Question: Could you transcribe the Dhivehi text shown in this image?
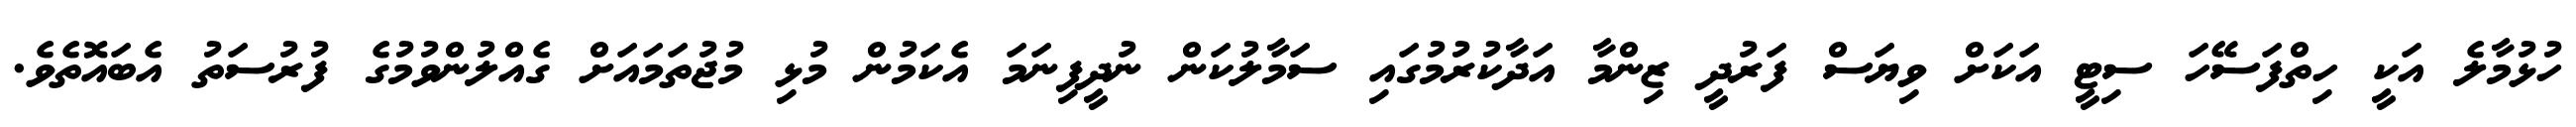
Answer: ހުޅުމާލެ އަކީ ހިތްފަސޭހަ ސިޓީ އަކަށް ވިޔަސް ފަރުދީ ޒިންމާ އަދާކުރުމުގައި ސަމާލުކަން ނުދީފިނަމަ އެކަމުން މުޅި މުޖުތަމައަށް ގެއްލުންވުމުގެ ފުރުސަތު އެބައޮތެވެ.